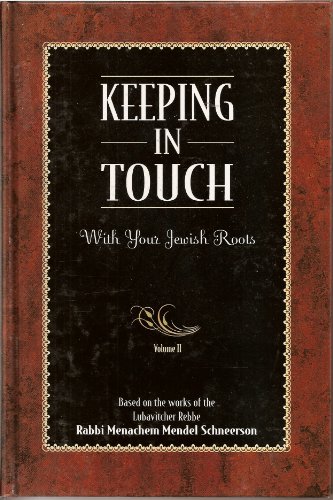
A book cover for Keeping in Touch Vol. 2; Eliyahu Touger; Religion & Spirituality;